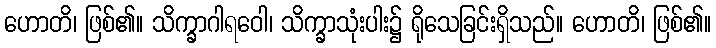
ဟောတိ၊ ဖြစ်၏။ သိက္ခာဂါရဝေါ၊ သိက္ခာသုံးပါး၌ ရိုသေခြင်းရှိသည်။ ဟောတိ၊ ဖြစ်၏။